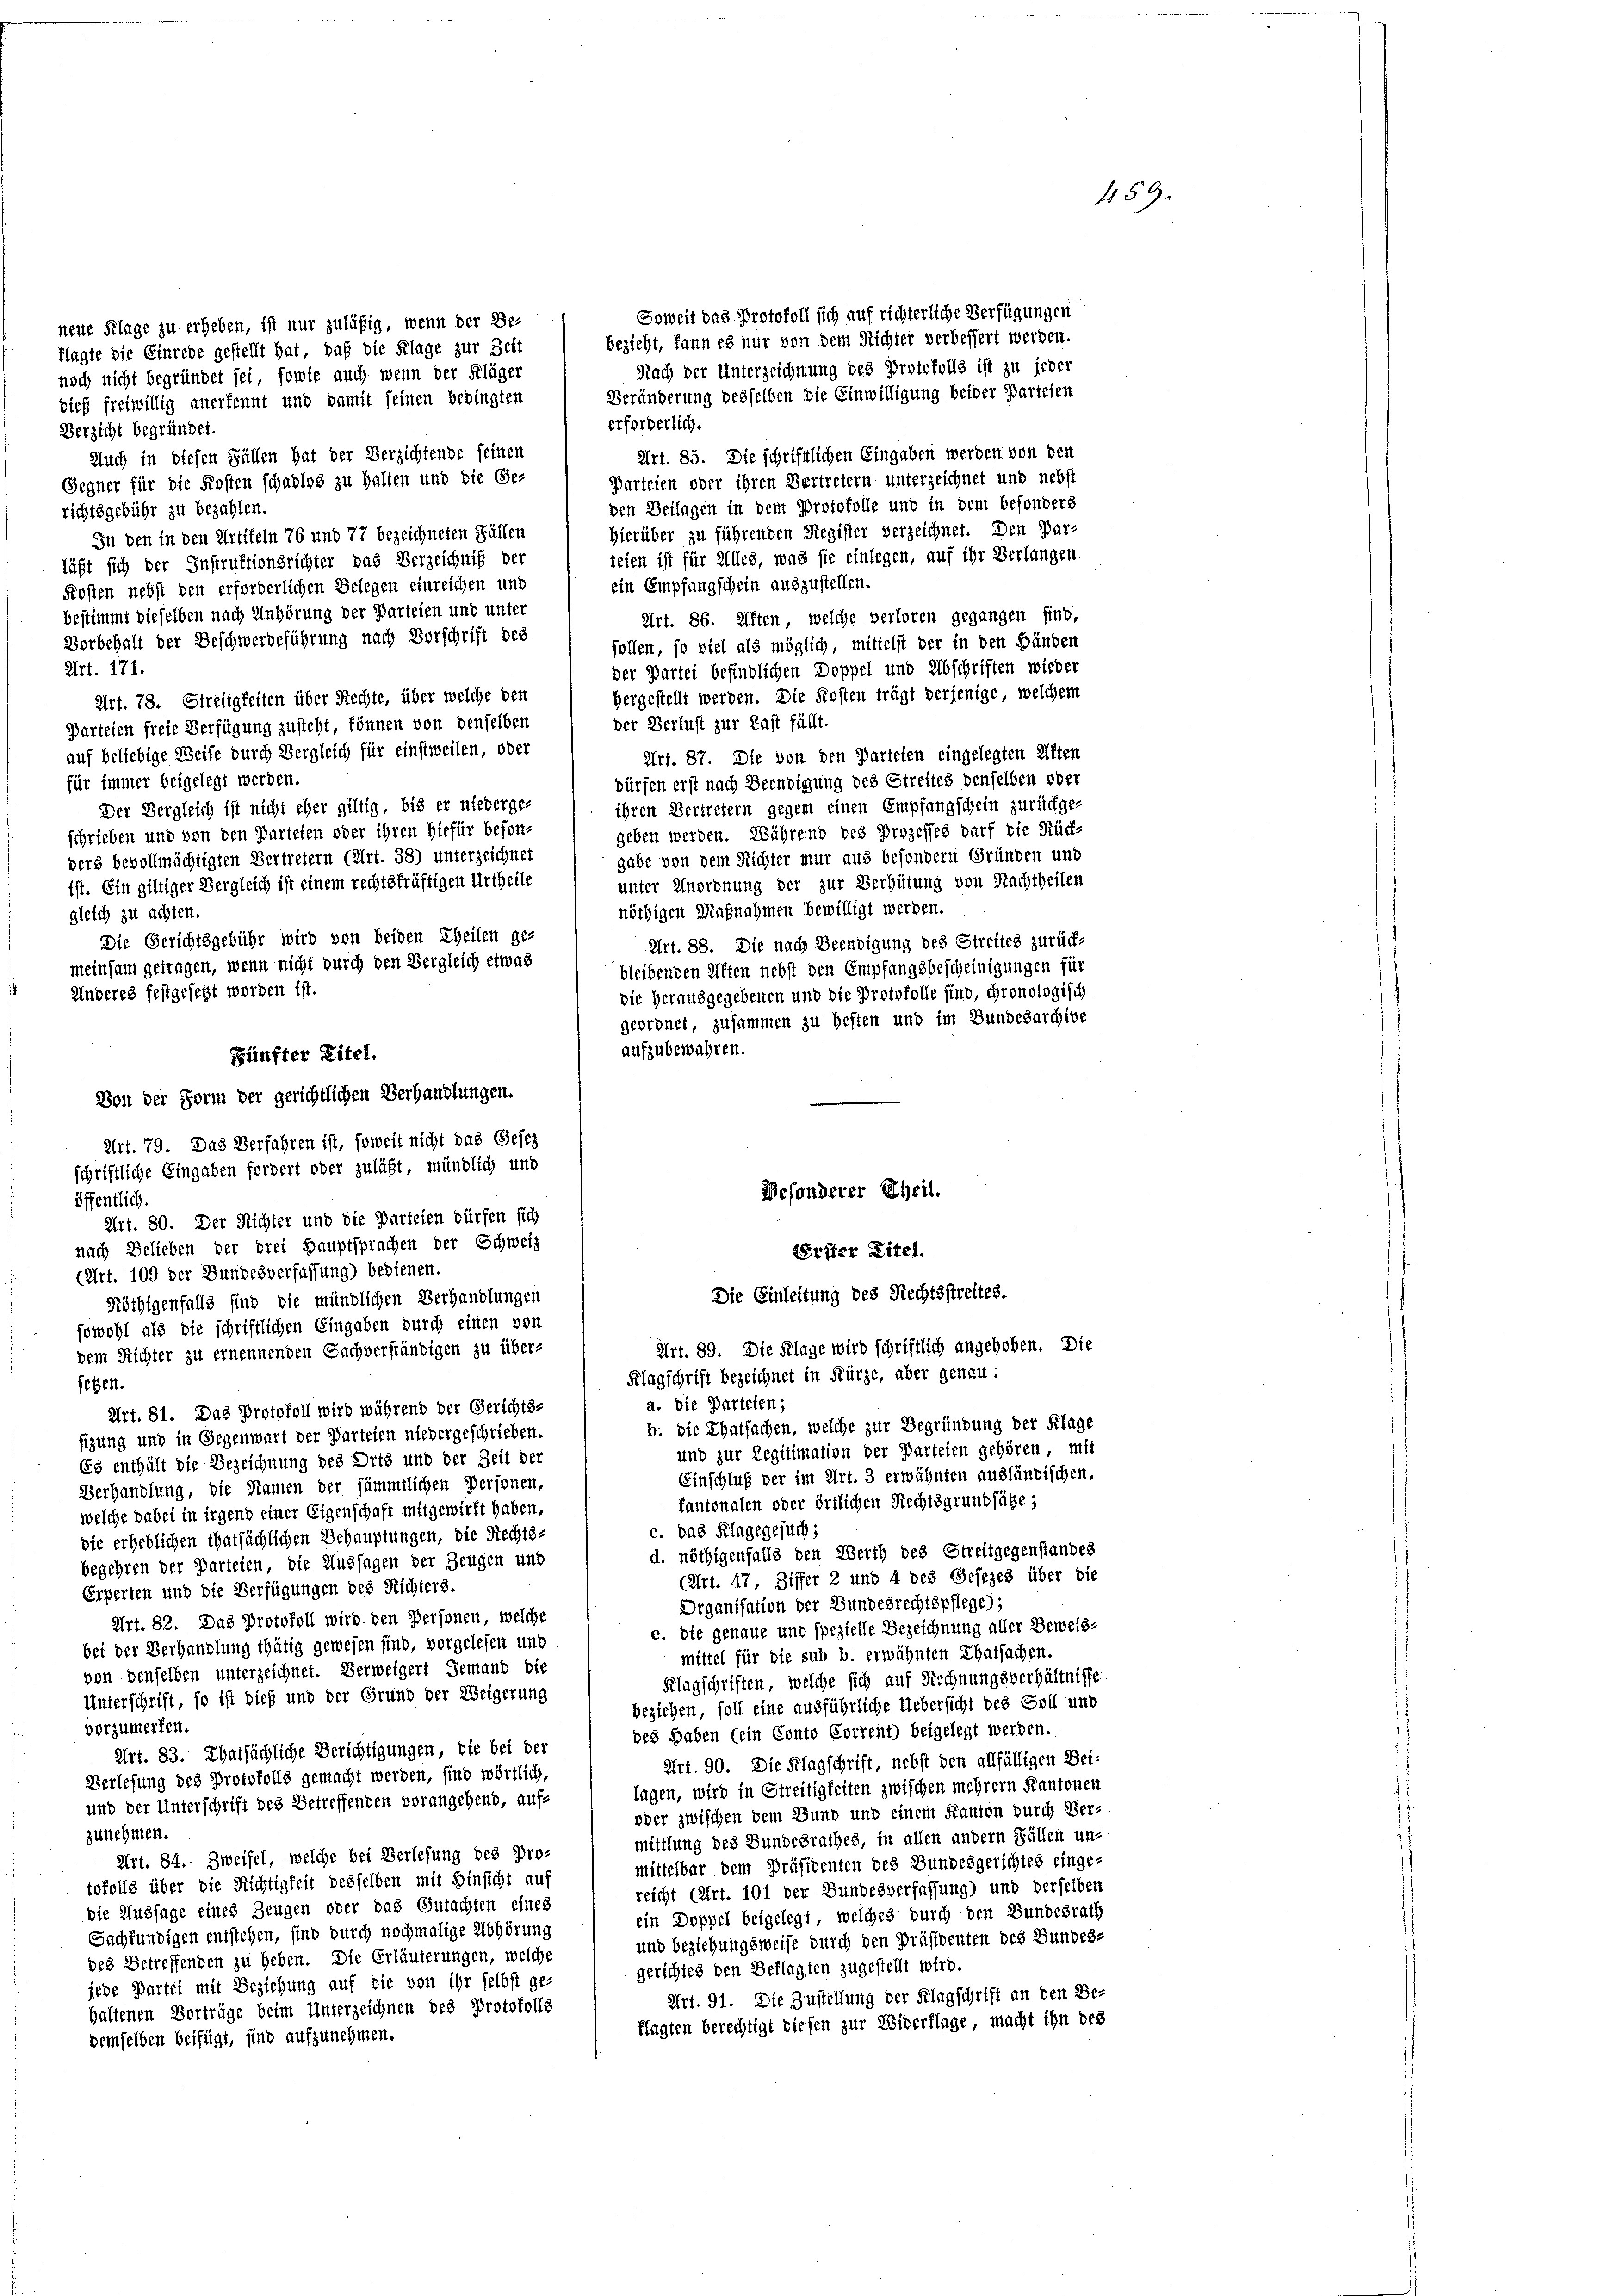
neue Klage zu erheben, ist nur zuläßig, wenn der Be-
klagte die Einrede gestellt hat, daß die Klage zur Zeit
noch nicht begründet sei, sowie auch wenn der Kläger
dies freiwillig anerkennt und damit seinen bedingten

erforderlich.
Verzicht begründet.
Auch in diesen Fällen hat der Verzichtende seinen
Gegner für die Kosten schadlos zu halten und die Ge-
den Beilagen in dem Protokolle und in dem besonders
richtsgebühr zu bezahlen.
Hierüber zu führenden Register verzeichnet. Den Dar-
In den in den Artikeln 76 und 77 bezeichneten Fällen
teien ist für Alles, was sie einlegen, auf ihr Verlangen
läßt sich der Instruktionsrichter das Verzeichniß der
ein Empfangschein auszustellen.
Kosten nebst den erforderlichen Belegen einreichen und
bestimmt dieselben nach Anhörung der Parteien und unter
Art. 86. Iften, welche verloren gegangen sind,
Vorbehalt der Beschwerdeführung nach Vorschrift des
follen, so viel als möglich, mittelst der in den Händen
Art. 171.
der Partei befindlichen Doppel und Abschriften wieder
hergestellt werden. Die Kosten trägt derjenige, welchem
Art. 78. Streitigkeiten über Rechte, über welche den
der Verlust zur Last fällt.
Parteien freie Verfügung zusteht, können von denselben
auf beliebige Weise durch Vergleich für einstweilen, oder
Art. 87. Die von den Parteien eingelegten Aften
für immer beigelegt werden.
dürfen erst nach Beendigung des Streites denselben oder
ihren Vertretern gegen einen Empfangschein zurückge-
geben werden. Während des Prozesses darf die Rück-
gabe von dem Richter nur aus besondern Gründen und
unter Unordnung der zur Verhütung von Nachtheilen
nöthigen Maßnahmen bewilligt werden.
Art. 88. Die nach Beendigung des Streites zurück-
bleibenden Kiften nebst den Empfangsbescheinigungen für
die herausgegebenen und die Protokolle sind, chronologisch
geordnet, zusammen zu Heften und im Bundesarchive
aufzubewahren.
Art. 79. Das Verfahren ist, soweit nicht das Gesez
schriftliche Eingaben fordert oder zuläßt, mündlich und
Besonderer Theil.
öffentlich.
Art. 80. Der Richter und die Parteien dürfen sich
nach Belieben der drei Hauptsprachen der Schweiz
Erster Titel.
(Art. 109 der Bundesverfassung) bedienen.
Die Einleitung des Rechtsstreites.
Nöthigenfalls sind die mündlichen Verhandlungen
sowohl als die schriftlichen Eingaben durch einen von
Art. 89. Die Klage wird schriftlich angehoben. Die
dem Richter zu ernennenden Sachverständigen zu über-
Klagschrift bezeichnet in Kürze, aber genau.
sehen.
a. die Parteien;
Art. 81. Das Protokoll wird während der Gerichts-
b. die Thatsachen, welche zur Begründung der Klage
sizung und in Gegenwart der Parteien niedergeschrieben.
und zur Regitimation der Parteien gehören, mit
Es enthält die Bezeichnung des Orts und der Zeit der
Einschluß der im Art. 3 erwähnten ausländischen.
Verhandlung, die Namen der sämmtlichen Personen,
kantonalen oder örtlichen Rechtsgrundsähe,
welche dabei in irgend einer Eigenschaft mitgewirft haben,
c. das Klagegesuch:
die erheblichen thatsächlichen Behauptungen, die Rechts-
d. nöthigenfalls den Werth des Streitgegenstandes
begehren der Parteien, die Aussagen der Zeugen und
(Art. 47, Ziffer 2 und 4 des Gesezes über die
Erperten und die Verfügungen des Richters.
Drganisation der Bundesrechtspflege);
Art. 82. Das Protokoll wird den Personen, welche
c. Die genaue und spezielle Bezeichnung aller Beweis-
bei der Verhandlung thätig gewesen sind, vorgelesen und
mittel für die sub b. erwähnten Thatsachen.
von denselben unterzeichnet. Verweigert Jemand die
Klagschriften, welche sich auf Rechnungsverhältnisse
Unterschrift, so ist dieß und der Grund der Weigerung
beziehen, soll eine ausführliche Uebersicht des Soll und
vorzumerfen.
des haben (ein Conto Corrent) beigelegt werden.
Art. 83. Thatsächliche Berichtigungen, die bei der
Art. 90. Die Klagschrift, nebst den allfälligen Bei-
Verlesung des Protokolls gemacht werden, sind wörtlich,
lagen, wird in Streitigkeiten zwischen mehrern Kantonen
und der Unterschrift des Betreffenden vorangehend, auf¬
oder zwischen dem Bund und einem Kanton durch Ver-
zunehmen.
mittlung des Bundesrathes, in allen andern Fällen un-
Art. 84. Zweifel, welche bei Verlesung des Pro-
mittelbar dem Präsidenten des Bundesgerichtes einge
tokolls über die Richtigkeit desselben mit Hinsicht auf
reicht (Art. 101 der Bundesverfassung) und derselben
die Aussage eines Zeugen oder das Gutachten eines
ein Doppel beigelegt, welches durch den Bundesrath
Sachkundigen entstehen, sind durch nochmalige Abhörung
und beziehungsweise durch den Präsidenten des Bundes-
des Betreffenden zu heben. Die Erläuterungen, welche
gerichtes den Beklagten zugestellt wird.
jede Partei mit Beziehung auf die von ihr selbst ge-
Art. 91. Die Zustellung der Klagschrift an den Be-
haltenen Vorträge beim Unterzeichnen des Protokolls
flagten berechtigt diesen zur Widerflage macht ihn des
demselben beifügt, sind aufzunehmen.

gleich zu achten.
Anderes festgesetzt worden ist.
Zünfter Eitel.
Von der Form der gerichtlichen Verhandlungen.

Der Vergleich ist nicht eher giltig, bis er niederge-
schrieben und von den Parteien oder ihren hiefür besonders bevollmächtigten Vertretern (Art. 38) unterzeichnet
ist. Ein giltiger Vergleich ist einem rechtskräftigen Urtheile
Die Gerichtsgebühr wird von beiden Theilen ge-
meinsam getragen, wenn nicht durch den Vergleich etwas

Soweit das Protokoll sich auf richterliche Verfügungen
bezieht, kann es nur von dem Richter verbessert werden.
Nach der Unterzeichnung des Protokolls ist zu jeder
Veränderung desselben die Einwilligung beider Parteien
Art. 85. Die schriftlichen Eingaben werden von den
Parteten oder ihren Vertretern unterzeichnet und nebst

459.